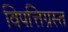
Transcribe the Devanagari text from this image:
विपत्तिग्रस्त